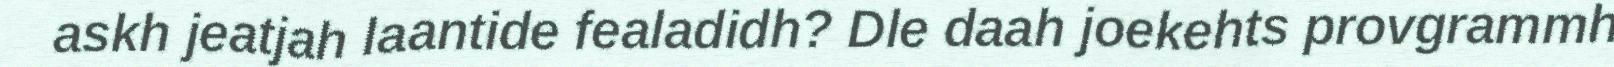
askh jeatjah laantide fealadidh? Dle daah joekehts provgrammh